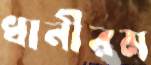
ধানীরম